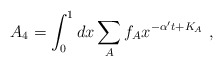
\begin{align*}A_{4}=\int^{1}_{0} dx \sum_{A} f_{A}x^{-\alpha^{\prime}t+K_{A}}~,\end{align*}